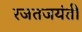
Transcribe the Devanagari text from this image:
रजतजयंती